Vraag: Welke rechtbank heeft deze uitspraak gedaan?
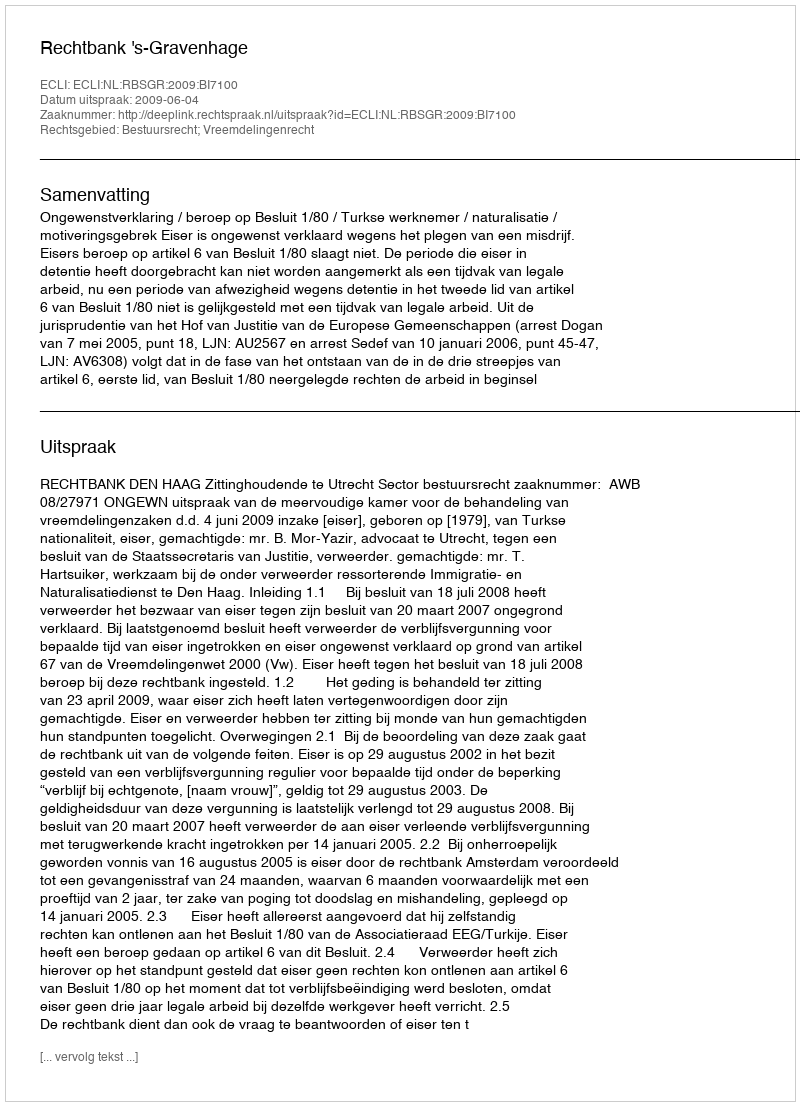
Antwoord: Rechtbank 's-Gravenhage